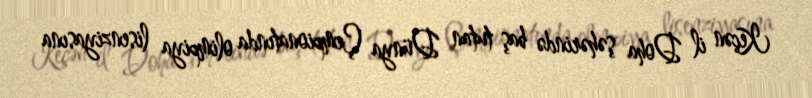
Keçən il Doha şəhərində baş tutan Dünya Çempionatında olimpiya lisenziyasına